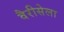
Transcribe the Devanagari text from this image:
वैरीसेला